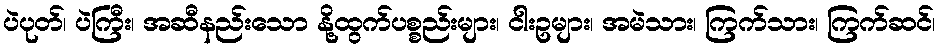
ပဲပုတ်၊ ပဲကြီး၊ အဆီနည်းသော နို့ထွက်ပစ္စည်းများ၊ ငါးဥများ၊ အမဲသား၊ ကြက်သား၊ ကြက်ဆင်၊